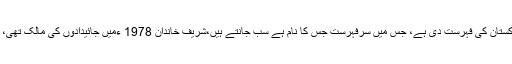
رانا ثنا اللہ نے کہا کہ اکبر ایس بابر نے تن تنہا ٹھگز آف پاکستان کی فہرست دی ہے، جس میں سرفہرست جس کا نام ہے سب جانتے ہیں،شریف خاندان 1978 ءمیں جائیدادوں کی مالک تھی، فواد چوہدری کی پوری فیملی کے پاس 1978 میں کیا تھا؟